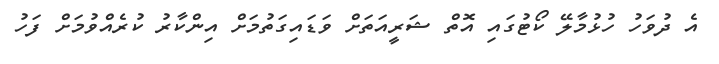
އެ ދުވަހު ހުޅުމާލޭ ކޯޓުގައި އޮތް ޝަރީއަތަށް ވަޑައިގަތުމަށް އިންކާރު ކުރެއްވުމަށް ފަހު